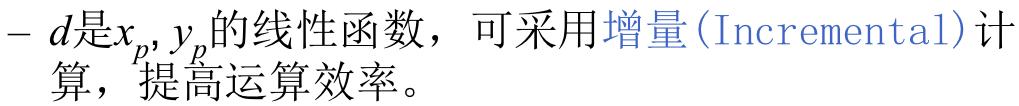
$- d是x_p, y_p的线性函数，可采用增量(Incremental)计算，提高运算效率。$